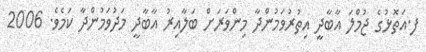
ފ.އަތޮޅުގެ ޖުމްލަ އާބާދީ އިތުރުވަމުންދާ މިންވަރަށް ބަލާއިރު އާބާދީ މަދުވަމުންދާ ކަމެވެ. 2006